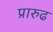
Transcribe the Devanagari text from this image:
प्रारुढ